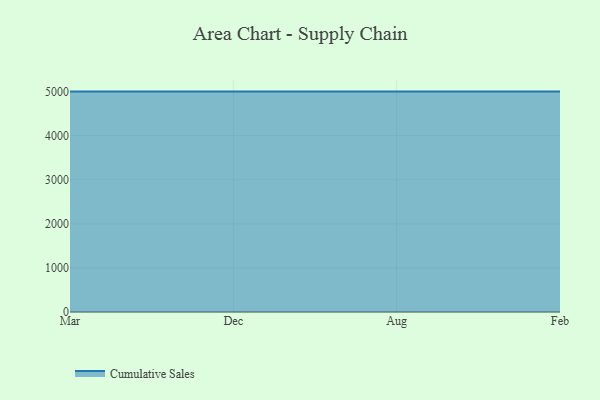
{"axis": {"x": "Month", "y": "LTV (USD)"}, "legend": ["Cumulative Sales"], "data": [{"x": "Mar", "y": 5000, "type": "Cumulative Sales"}, {"x": "Dec", "y": 5000, "type": "Cumulative Sales"}, {"x": "Aug", "y": 5000, "type": "Cumulative Sales"}, {"x": "Feb", "y": 5000, "type": "Cumulative Sales"}]}